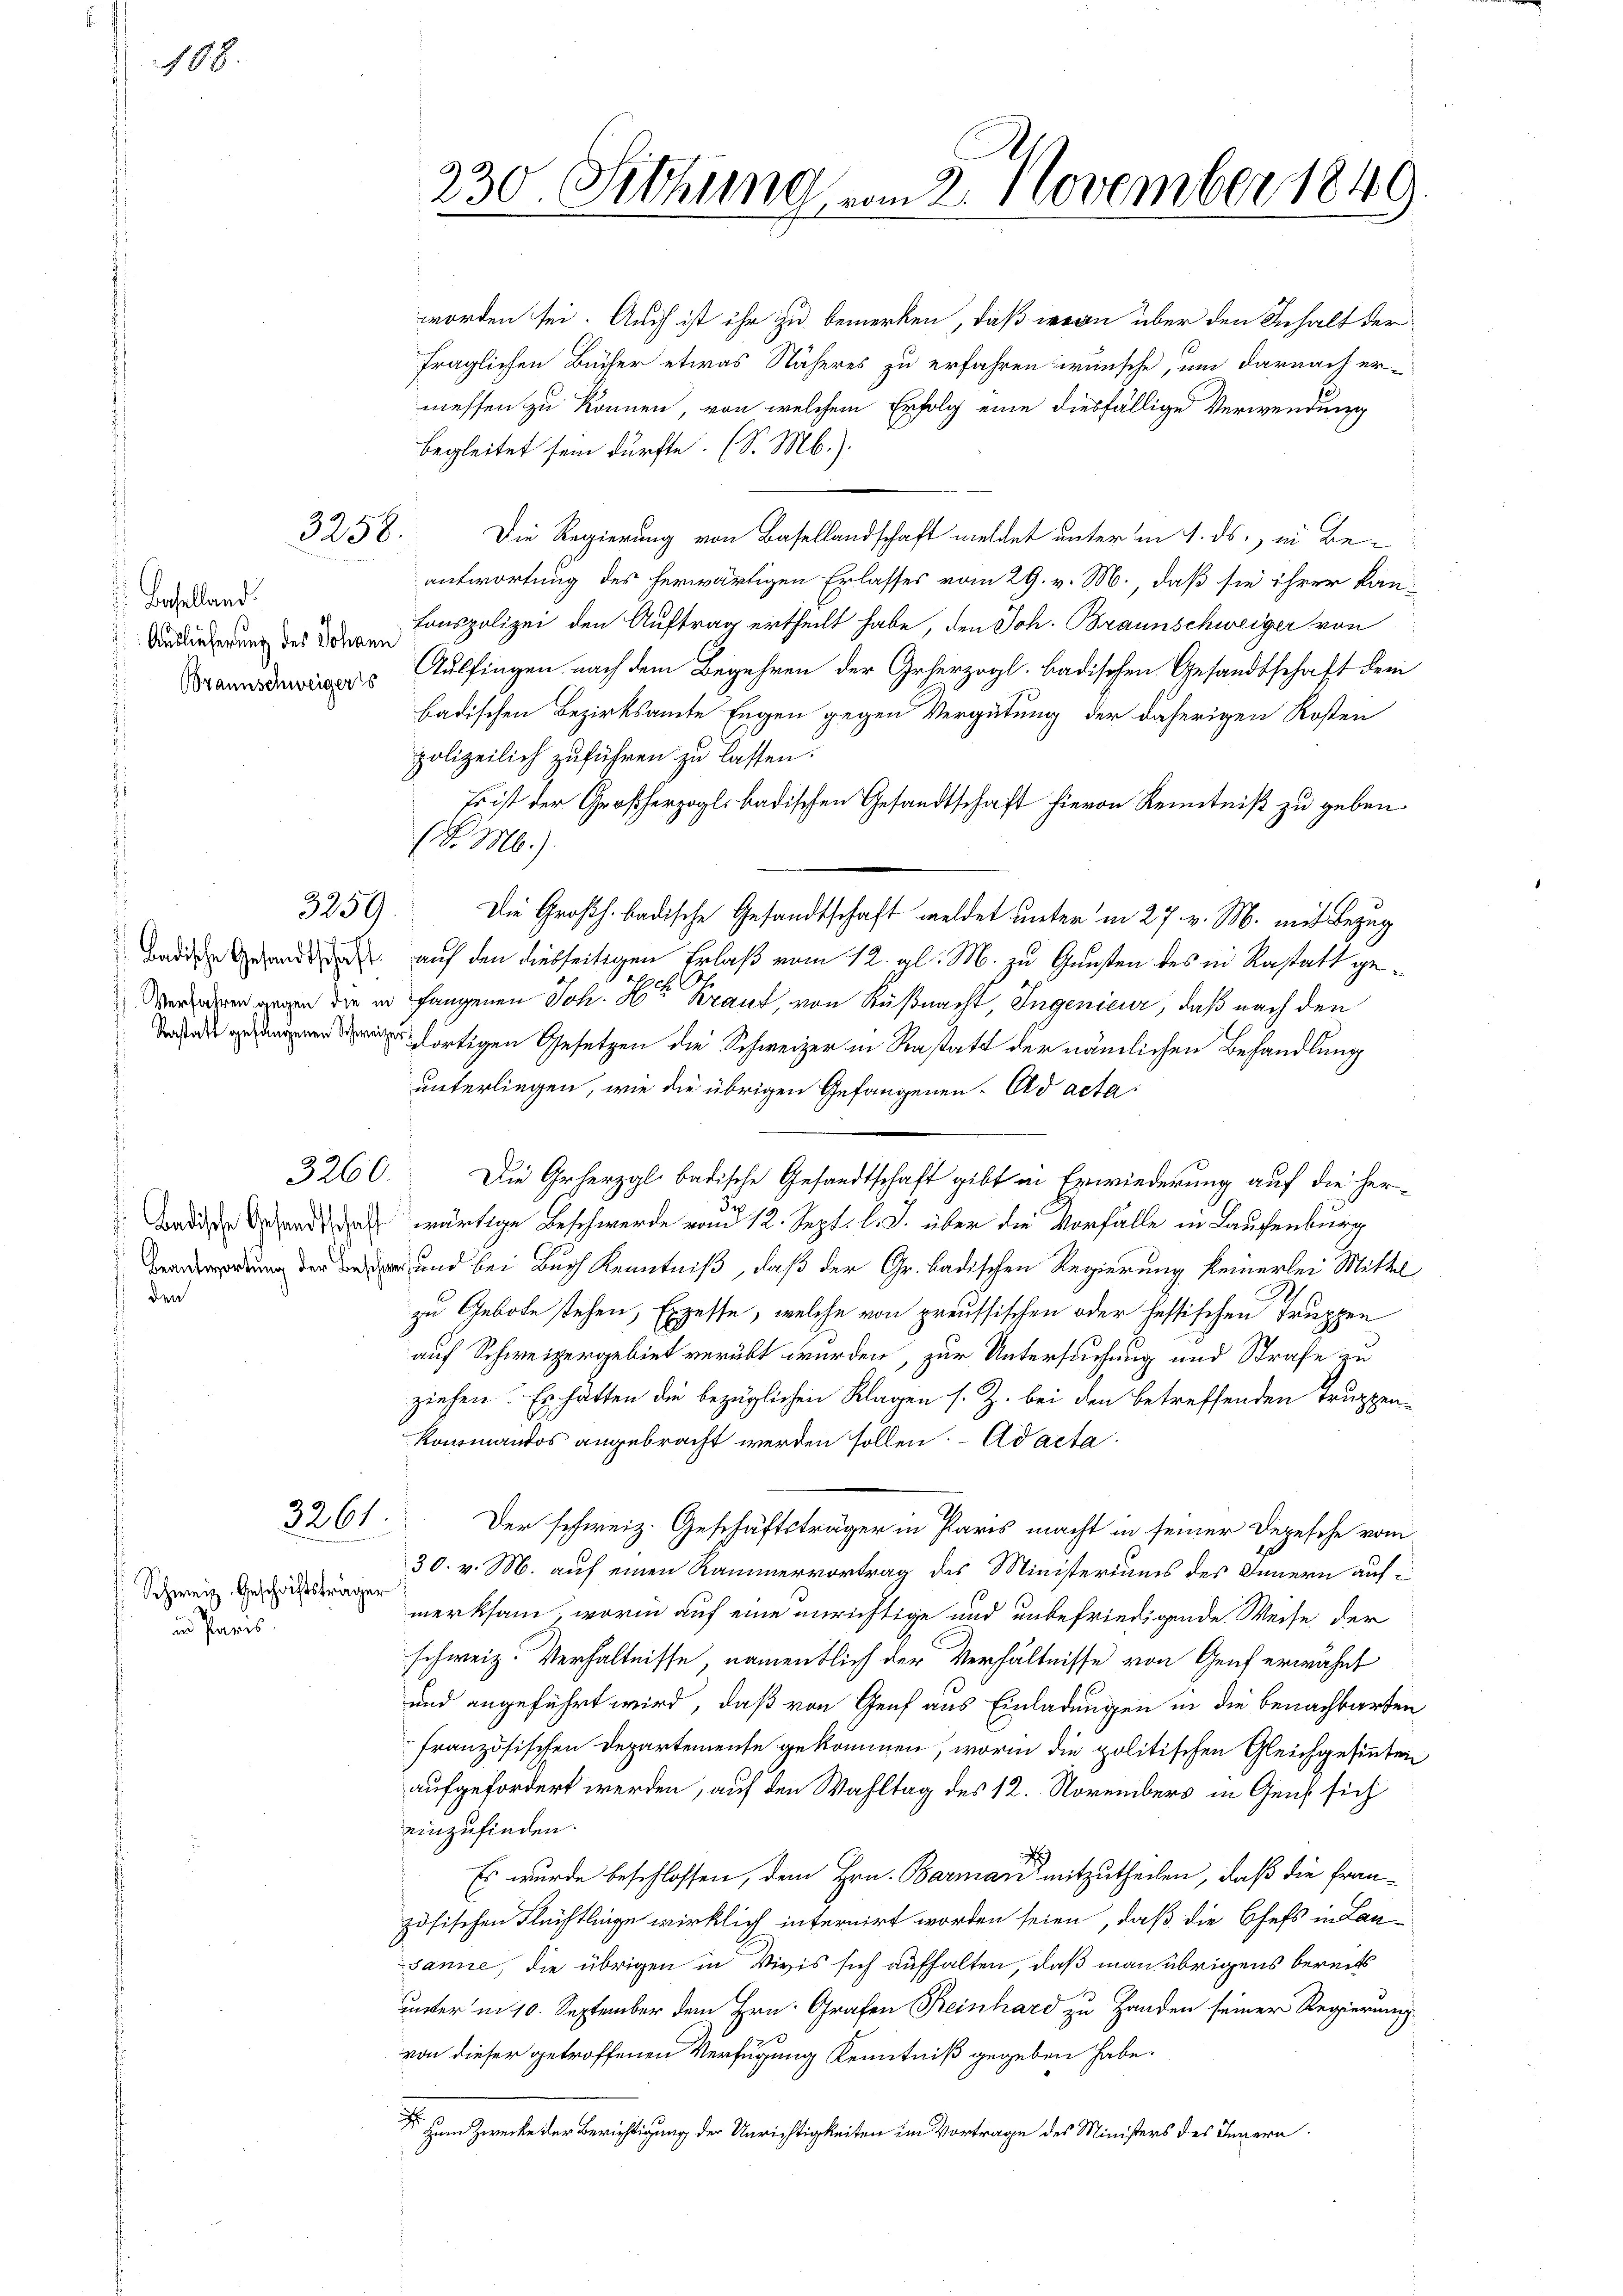
188.

Baselland.

3258.

3359

Badische Gesandtschaf
Beantwortung der Best
 den

2261.
Schweiz. Geschriftsträger
in Paris

230. Sitzung vom 2. November 1849.

worden sei. Auch ist ihr zu bemerken, daß wenn über den Inhalt der
fraglichen Bücher etwas Näheres zu erfahren wünsche, um darnach er-
messen zu können, von welchem Erfolg eine diesfällige Verwendung
begleitet sein dürfte. (S. Mb.).
Die Regierung von Basellandschaft meldet unter am 1. ds., in Beantwortung des herwärtigen Erlasses vom 29. v. M., daß sie ihrer kan¬
Adieu Conspolizei den Auftrag ertheilt habe, den Joh. Braunschweiger von
as Auffingen nach dem Begehren der Geherzogl. badischen Gesandtschaft dem
badischen Bezirksamte Engen gegen Vergütung der daherigen Kosten
polizeilich zuführen zu lassen.
Es ist der Großherzogl. badischen Gesandtschaft hievon Kenntniß zu geben.
(F. M.).
Die Großh. badische Gesandtschaft meldet unter in 27. v. M. mit Bezug
Andere Gesandt auf den diesseitigen Erlaß vom 12. gl. M. zu Gunsten des in Kastatt ge¬
Tesch
Mennen gegen die in fangenen Joh. H. Braut, von Küßnacht, Ingenieur, daß nach den
 dortigen Gesetzen die Schweizer in Rastatt der nämlichen Behandlung
unterliegen, wie die übrigen Gefangenen- Ad acta.
3260. Die Grherzgl badische Gesandtschaft gibt in Erwiederung auf die her-
wärtige Beschwerde rund 12. Sept. l. J. über die Vorfälle in Laufenburg
w und bei Buch Kenntniß, daß der Gr. badischen Regierung keinerlei Mittel
zu Gebote stehen, Exzesse, welche von preussischen oder fessischen Truppen
auf Schweizergebiet verübt wurden, zur Untersuchung und Strafe zu
ziehen. Es hätten die bezüglichen Klagen s. Z. bei den betreffenden Truppen¬
Kommandos angebracht werden sollen. - Ad acta
Der schweiz. Geschäftsträger in Paris macht in seiner Depesche vom
30. v. M. auf einen Rammervortrag des Ministeriums des Innern auf
merksam, worin auf eine unrichtige und unbefriedigende Weise der
schweiz. Verhältnisse, namentlich der Verhältnisse von Genf erwähnt
und angeführt wird, daß von Genf aus Einladungen in die benachbarten
französischen Departemente gekommen, worin die politischen Gleichgesinten
aufgefordert werden, auf den Wahltag des 12. Novembers in Gens sich
einzufinden.
Es wurde beschlossen, dem Hrn. Barman mitzutheilen, daß die Französischen Flüchtlinge wirklich internirt worden seien, daß die Chefs in Lansanne, die übrigen in Vivis sich aufhalten, daß man übrigens bereits
unter in 10. September dem Hrn. Grafen Reinhard zu Handen seiner Regierung
von dieser getroffenen Verfügung Kenntniß gegeben habe.
Dr. Zum Zwecke der Berichtigung der Unrichtigkeiten im Vortrage des Ministers des Innern